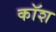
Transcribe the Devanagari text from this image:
कॉश